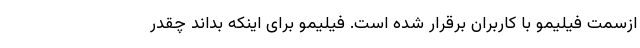
ازسمت فیلیمو با کاربران برقرار شده است. فیلیمو برای اینکه بداند چقدر